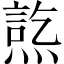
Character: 𤍋